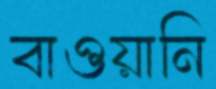
বাওয়ানি